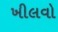
ખીલવો